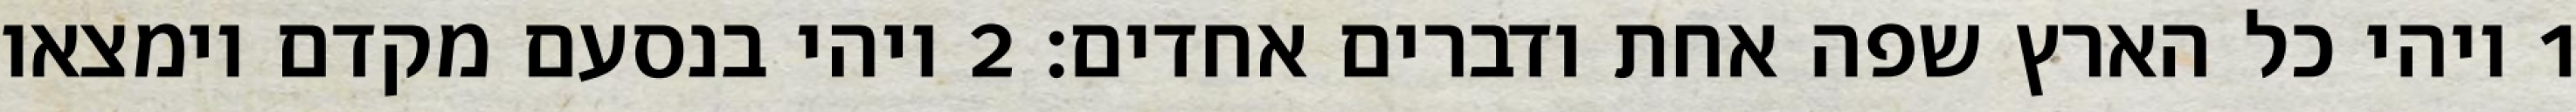
1 ויהי כל הארץ שפה אחת ודברים אחדים׃ ‎2‏ ויהי בנסעם מקדם וימצאו